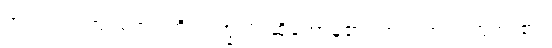
အကြင်အကြင်စကားကို။ ဝက္ခသိ၊ ဆိုတော်မူ၏။ တဝ၊ အရှင်ဘုရား၏။